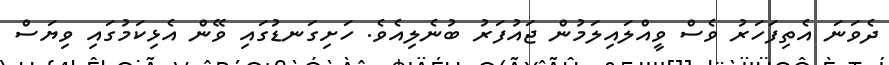
ދެވަނަ އެތިފަހަރު ވެސް ވީއްލައިލަމުން ޖައުފަރު ބުނެލިއެވެ. ހަށިގަނޑުގައި ވޭން އެޅިކަމުގައި ވިޔަސް